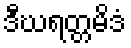
ဒီဃရတ္တမိဒံ